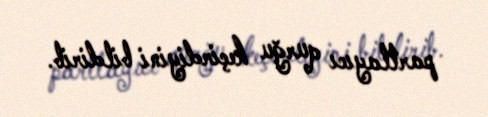
partlayıcı qurğu keçirdiyini bildirib.